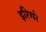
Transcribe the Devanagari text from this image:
इरिगरे